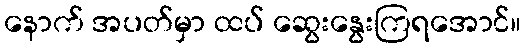
နောက် အပတ်မှာ ထပ် ဆွေးနွေးကြရအောင်။